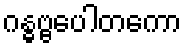
ဂန္ဓဗ္ဗပေါတကော